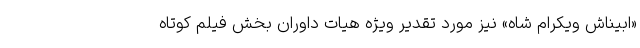
«ابیناش ویکرام شاه» نیز مورد تقدیر ویژه هیات داوران بخش فیلم کوتاه